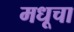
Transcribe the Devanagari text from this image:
मधूचा